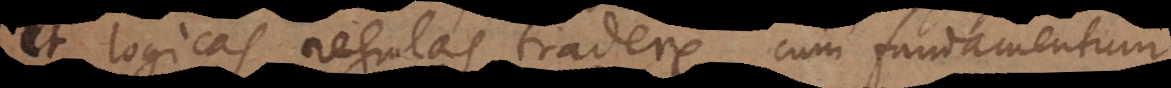
et logicas regulas tradere, cum fundamentum